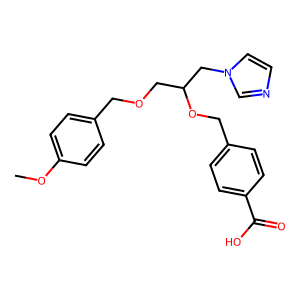
SMILES: COc1ccc(COCC(Cn2ccnc2)OCc2ccc(C(=O)O)cc2)cc1
Inhibits HIV replication: No